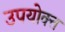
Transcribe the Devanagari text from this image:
उपयोक्त